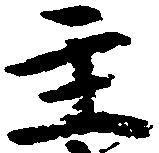
主